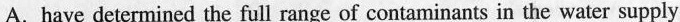
A.have deterined the full rangeof contaminants in the water supply